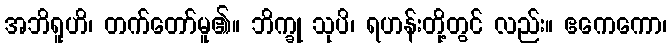
အဘိရူဟိ၊ တက်တော်မူ၏။ ဘိက္ခု သုပိ၊ ရဟန်းတို့တွင် လည်း။ ဧကေကော၊